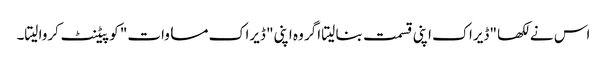
اس نے لکھا "ڈیراک اپنی قسمت بنا لیتا اگر وہ اپنی" ڈیراک مساوات" کو پیٹنٹ کروا لیتا۔